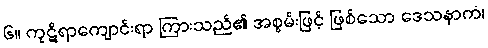
၆။ ကုဋိရာကျောင်းရာ ကြားသည်၏ အစွမ်းဖြင့် ဖြစ်သော ဒေသနာကံ၊